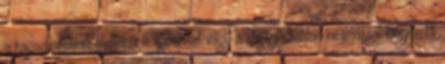
a ragozhatatlan melléknévi igenévvel vagy a ragozhatatlan névmással kifejezett